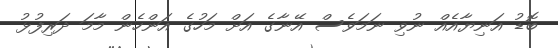
ބޮޑު އަނިޔާއެއް ނުވި ނަމަވެސް އޭނާގެ އަށް މަހުގެ އަންހެން މާމަ ދަރިފުޅު